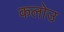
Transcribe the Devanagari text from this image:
कलोउ